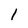
Character: i